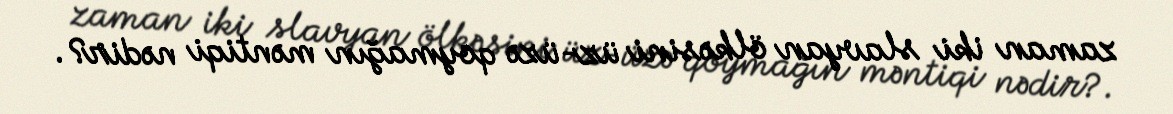
zaman iki slavyan ölkəsini üz-üzə qoymağın məntiqi nədir?.